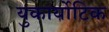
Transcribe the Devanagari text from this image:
युकार्योटिक